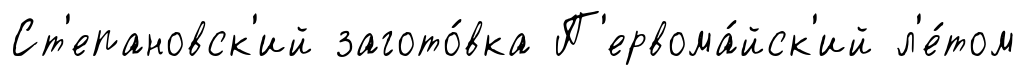
Ст'епановск'ий загото́вка П'ервома́йск'ий л'е́том